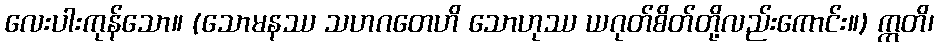
လေးပါးကုန်သော။ (သောမနဿ သဟဂတေဟိ သောဟုဿ ယဂုတ်စိတ်တို့လည်းကောင်း။) ဣတိ၊